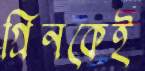
গ্রিনকেই